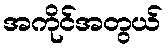
အကိုင်အတွယ်